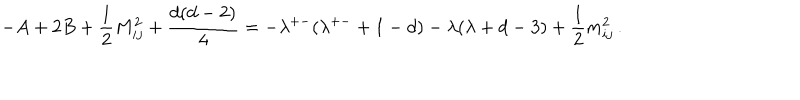
- A + 2 B + \frac { 1 } { 2 } M _ { i j } ^ { 2 } + \frac { d ( d - 2 ) } { 4 } = - \lambda ^ { + - } ( \lambda ^ { + - } + 1 - d ) - \lambda ( \lambda + d - 3 ) + \frac { 1 } { 2 } m _ { i j } ^ { 2 } \, .